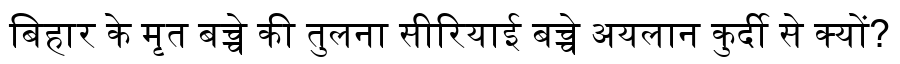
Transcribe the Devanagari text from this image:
बिहार के मृत बच्चे की तुलना सीरियाई बच्चे अयलान कुर्दी से क्यों?